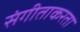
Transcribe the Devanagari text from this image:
संगीताकरता